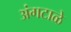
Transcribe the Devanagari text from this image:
अंगटाळे